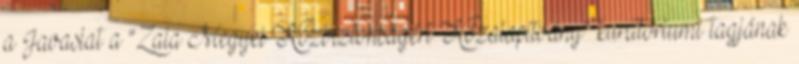
a Javaslat a “Zala Megyei Közbiztonságért Közalapítvány” kuratóriumi tagjának